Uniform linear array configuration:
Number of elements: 12
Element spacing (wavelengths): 0.75
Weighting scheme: kaiser
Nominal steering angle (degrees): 60
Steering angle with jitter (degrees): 61.611
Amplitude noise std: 0.05
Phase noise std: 0.05

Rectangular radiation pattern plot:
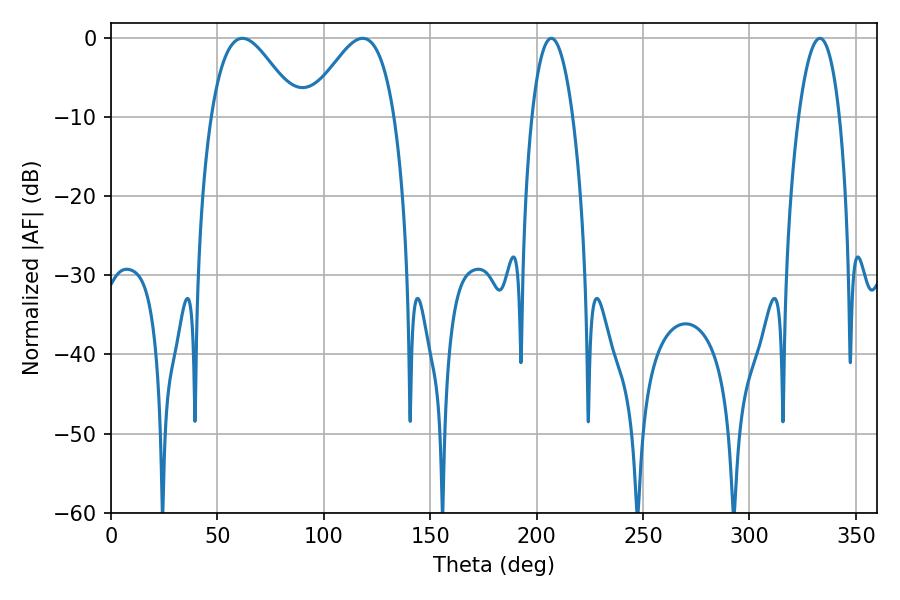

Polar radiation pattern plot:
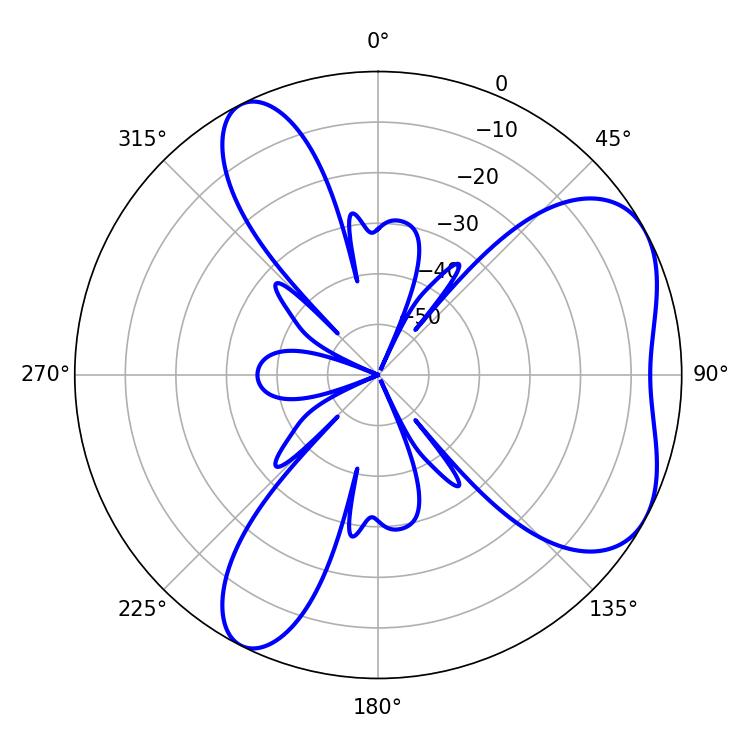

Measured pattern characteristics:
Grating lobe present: TRUE
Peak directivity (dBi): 5.366
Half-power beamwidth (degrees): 21.78
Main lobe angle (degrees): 61.74